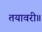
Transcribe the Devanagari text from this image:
तयावरी॥